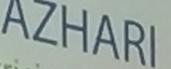
azhari